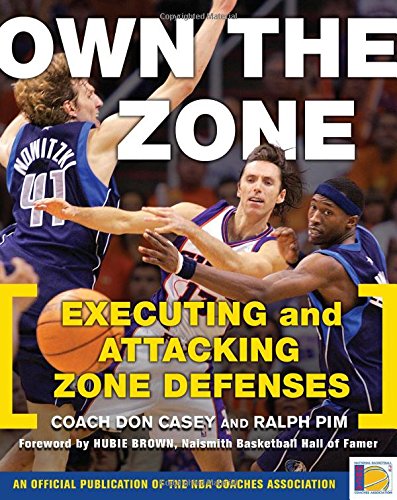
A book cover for Own the Zone: Executing and Attacking Zone Defenses; Don Casey; Sports & Outdoors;